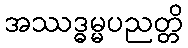
အဿဒ္ဓမ္မပညတ္တိ